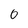
Character: O